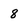
Character: 8